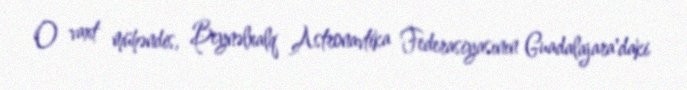
O vaxt mühəndis, Beynəlxalq Astronavtika Federasiyasının Guadalajara'daki